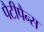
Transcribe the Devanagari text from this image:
पैटीपैन्स